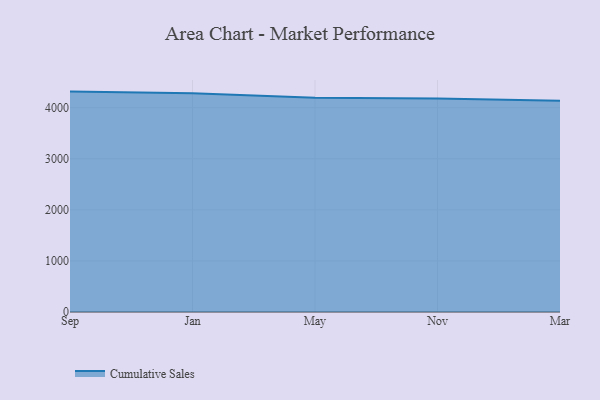
{"axis": {"x": "Month", "y": "Waste Production (Tons)"}, "legend": ["Cumulative Sales"], "data": [{"x": "Sep", "y": 4316.5, "type": "Cumulative Sales"}, {"x": "Jan", "y": 4286.4, "type": "Cumulative Sales"}, {"x": "May", "y": 4193.8, "type": "Cumulative Sales"}, {"x": "Nov", "y": 4182.7, "type": "Cumulative Sales"}, {"x": "Mar", "y": 4136.5, "type": "Cumulative Sales"}]}